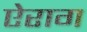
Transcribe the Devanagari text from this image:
ऐराग